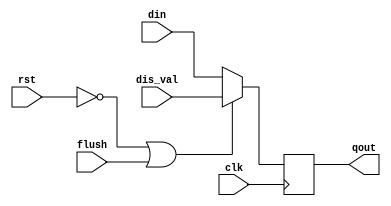
module gnrl_dff #(
	parameter DW = 32
)(
	input clk, 
	input rst, 
	input flush, 
	
	input [DW-1:0] dis_val, 
	input [DW-1:0] din, 
	output [DW-1:0] qout
);
	
	reg [DW-1:0] qout_r; 
	
	always @ (posedge clk) begin
		if (!rst | flush) begin 
			qout_r <= dis_val; 
		end else begin 
			qout_r <= din; 
		end 
	end 
	
	assign qout = qout_r; 
	
endmodule